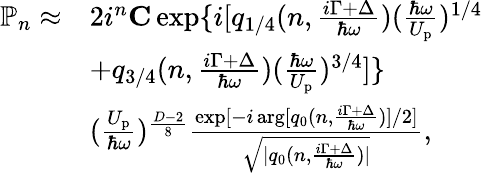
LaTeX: \begin{array}{rl}{\mathbb{P}_{n}\approx}&{2i^{n}{\mathbf C}\exp\{ i[q_{1/4}(n,\frac{i\Gamma+\Delta}{\hbar\omega})(\frac{\hbar\omega}{U_{\mathrm{p}}})^{1/4}}\\ &{+q_{3/4}(n,\frac{i\Gamma+\Delta}{\hbar\omega})(\frac{\hbar\omega}{U_{\mathrm{p}}})^{3/4}]\} }\\ &{(\frac{U_{\mathrm{p}}}{\hbar\omega})^{\frac{D-2}{8}}\frac{\exp[-i\arg[q_{0}(n,\frac{i\Gamma+\Delta}{\hbar\omega})]/2]}{\sqrt{|q_{0}(n,\frac{i\Gamma+\Delta}{\hbar\omega})|}},}\end{array}